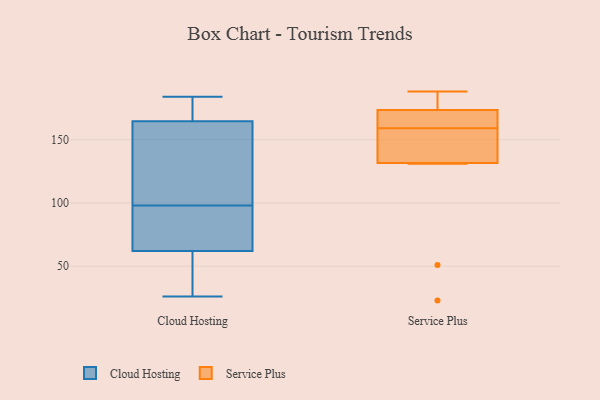
{"axis": {"x": "Operating Costs (USD K)", "y": "Value"}, "legend": ["Cloud Hosting", "Service Plus"], "data": [{"x": "", "y": 101, "type": "Cloud Hosting"}, {"x": "", "y": 69, "type": "Cloud Hosting"}, {"x": "", "y": 183, "type": "Cloud Hosting"}, {"x": "", "y": 169, "type": "Cloud Hosting"}, {"x": "", "y": 74, "type": "Cloud Hosting"}, {"x": "", "y": 49, "type": "Cloud Hosting"}, {"x": "", "y": 184, "type": "Cloud Hosting"}, {"x": "", "y": 179, "type": "Cloud Hosting"}, {"x": "", "y": 26, "type": "Cloud Hosting"}, {"x": "", "y": 163, "type": "Cloud Hosting"}, {"x": "", "y": 42, "type": "Cloud Hosting"}, {"x": "", "y": 65, "type": "Cloud Hosting"}, {"x": "", "y": 53, "type": "Cloud Hosting"}, {"x": "", "y": 98, "type": "Cloud Hosting"}, {"x": "", "y": 106, "type": "Cloud Hosting"}, {"x": "", "y": 132, "type": "Cloud Hosting"}, {"x": "", "y": 90, "type": "Cloud Hosting"}, {"x": "", "y": 188, "type": "Service Plus"}, {"x": "", "y": 131, "type": "Service Plus"}, {"x": "", "y": 51, "type": "Service Plus"}, {"x": "", "y": 163, "type": "Service Plus"}, {"x": "", "y": 156, "type": "Service Plus"}, {"x": "", "y": 23, "type": "Service Plus"}, {"x": "", "y": 172, "type": "Service Plus"}, {"x": "", "y": 150, "type": "Service Plus"}, {"x": "", "y": 183, "type": "Service Plus"}, {"x": "", "y": 132, "type": "Service Plus"}, {"x": "", "y": 162, "type": "Service Plus"}, {"x": "", "y": 175, "type": "Service Plus"}]}